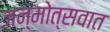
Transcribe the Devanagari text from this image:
जन्मोत्सवात